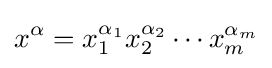
x^{\alpha }=x_{1}^{\alpha _{1}}x_{2}^{\alpha _{2}}\cdots x_{m}^{\alpha _{m}}